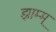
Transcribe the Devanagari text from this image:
झाम्म्